画像に写った文字を読んでください
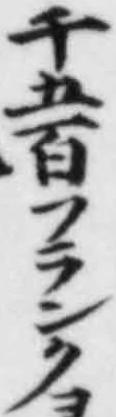
「千五百フランク」と書いてあります